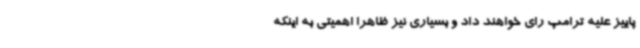
پاییز علیه ترامپ رای خواهند داد و بسیاری نیز ظاهرا اهمیتی به اینکه